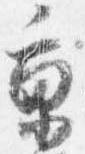
京